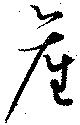
産